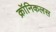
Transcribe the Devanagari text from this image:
क्रॉनिकलस